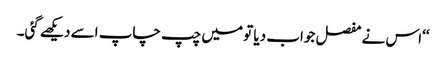
‘‘اس نے مفصل جواب دیا تو میں چپ چاپ اسے دیکھے گئی۔